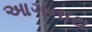
આગનાથ